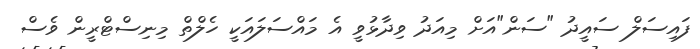
ފައިސަލް ސައީދު "ސަން"އަށް މިއަދު ވިދާޅުވީ އެ މައްސަލައަކީ ހެލްތް މިނިސްޓްރީން ވެސް